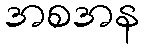
အစအန